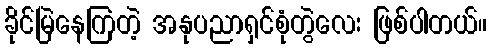
ခိုင်မြဲနေကြတဲ့ အနုပညာရှင်စုံတွဲလေး ဖြစ်ပါတယ်။